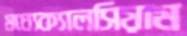
মধ্যেক্যালসিয়াম